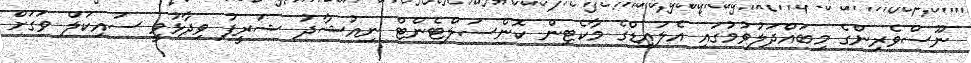
ނޫސްވެރިންގެ މިބައްދަލުވުމުގައި އެލައިޑްގެ މާކެޓިން ކޮންސަލްޓެންޓް ނިއުޝާދު ޝަރީފު ވިދާޅުވީ ސައިކަލް ވަގަށް